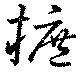
摭